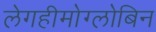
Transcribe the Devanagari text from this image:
लेगहीमोग्लोबिन